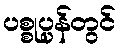
ပစ္စုပ္ပန်တွင်